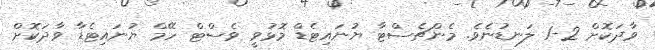
ވާދަކޮށް 2-1 ލަނޑުނެވެ. މެންޗެސްޓާ ޔުނައިޓެޑް މޮޅުވީ ވެސްޓް ހޭމް ޔުނައިޓެޑާ ވާދަކޮށް